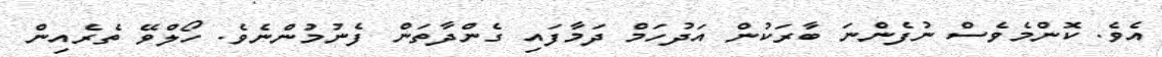
އެވެ. ކޮންމެވެސް ނުފެންނަ ބާރަކުން އަދުހަމް ދަމާފައި ގެންދާތަން ފެނުމުންނެވެ. ހޯލްވޭ ތެރެއިން